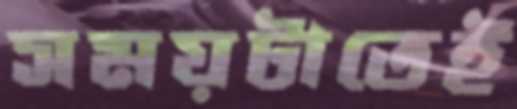
সময়টাতেই